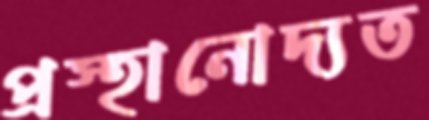
প্রস্হানোদ্যত